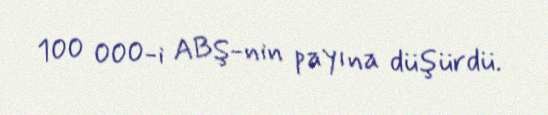
100 000-i ABŞ-nin payına düşürdü.